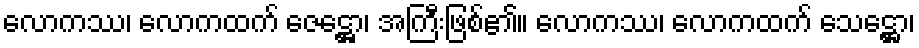
လောကဿ၊ လောကထက် ဇေဋ္ဌော၊ အကြီးဖြစ်၏။ လောကဿ၊ လောကထက် သေဋ္ဌော၊